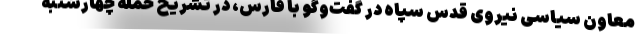
معاون سیاسی نیروی قدس سپاه در گفت‌وگو با فارس، در تشریح حمله چهارشنبه